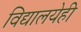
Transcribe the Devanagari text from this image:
विद्यालयेही